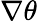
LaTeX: \nabla\theta